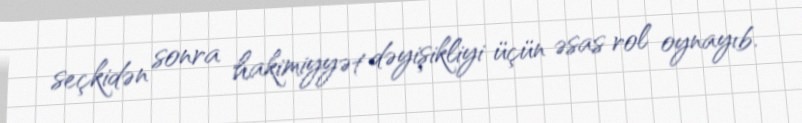
seçkidən sonra hakimiyyət dəyişikliyi üçün əsas rol oynayıb.